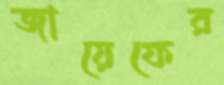
জায়েফের